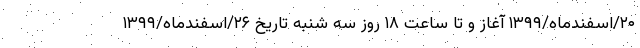
۲۰/اسفندماه/۱۳۹۹ آغاز و تا ساعت ۱۸ روز سه شنبه تاریخ ۲۶/اسفندماه/۱۳۹۹